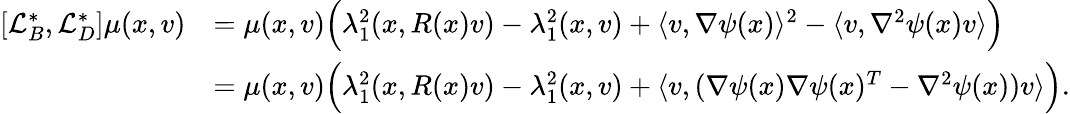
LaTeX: \begin{array}{rl}{[\mathcal{L}_{B}^{*},\mathcal{L}_{D}^{*}]\mu(x,v)}&{=\mu(x,v)\Big(\lambda_{1}^{2}(x,R(x)v)-\lambda_{1}^{2}(x,v)+\langle v,\nabla\psi(x)\rangle^{2}-\langle v,\nabla^{2}\psi(x)v\rangle\Big)}\\ &{=\mu(x,v)\Big(\lambda_{1}^{2}(x,R(x)v)-\lambda_{1}^{2}(x,v)+\langle v,(\nabla\psi(x)\nabla\psi(x)^{T}-\nabla^{2}\psi(x))v\rangle\Big).}\end{array}